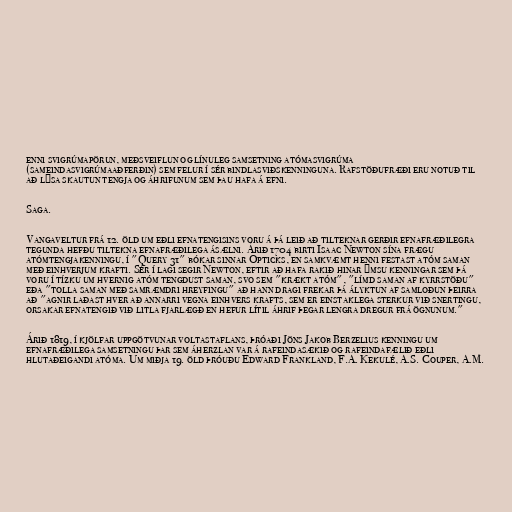
enni svigrúmapörun, meðsveiflun og línuleg samsetning atómasvigrúma
(sameindasvigrúmaaðferðin) sem felur í sér bindlasviðskenninguna. Rafstöðufræði eru notuð til
að lýsa skautun tengja og áhrifunum sem þau hafa á efni.

Saga.

Vangaveltur frá 12. öld um eðli efnatengisins voru á þá leið að tilteknar gerðir efnafræðilegra
tegunda hefðu tiltekna efnafræðilega ásælni. Árið 1704 birti Isaac Newton sína frægu
atómtengjakenningu, í "Query 31" bókar sinnar Opticks, en samkvæmt henni festast atóm saman
með einhverjum krafti. Sér í lagi segir Newton, eftir að hafa rakið hinar ýmsu kenningar sem þá
voru í tízku um hvernig atóm tengdust saman, svo sem "krækt atóm", "límd saman af kyrrstöðu"
eða "tolla saman með samræmdri hreyfingu" að hann dragi frekar þá ályktun af samloðun þeirra
að "agnir laðast hver að annarri vegna einhvers krafts, sem er einstaklega sterkur við snertingu,
orsakar efnatengið við litla fjarlægð en hefur lítil áhrif þegar lengra dregur frá ögnunum."

Árið 1819, í kjölfar uppgötvunar voltastaflans, þróaði Jöns Jakob Berzelius kenningu um
efnafræðilega samsetningu þar sem áherzlan var á rafeindasækið og rafeindafælið eðli
hlutaðeigandi atóma. Um miðja 19. öld þróuðu Edward Frankland, F.A. Kekulé, A.S. Couper, A.M.